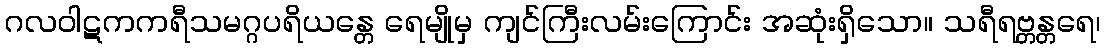
ဂလဝါဋကကရီသမဂ္ဂပရိယန္တေ ရေမျိုမှ ကျင်ကြီးလမ်းကြောင်း အဆုံးရှိသော။ သရီရဗ္တန္တရေ၊